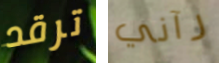
ترقد رآني